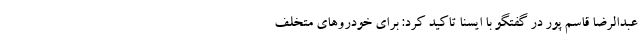
عبدالرضا قاسم پور در گفتگو با ایسنا تاکید کرد: برای خودرو‌های متخلف